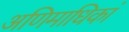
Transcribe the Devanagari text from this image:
अणिमाधिकां